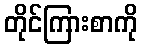
တိုင်ကြားစာကို